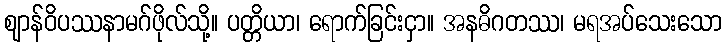
ဈာန်ဝိပဿနာမဂ်ဖိုလ်သို့။ ပတ္တိယာ၊ ရောက်ခြင်းငှာ။ အနဓိဂတဿ၊ မရအပ်သေးသော